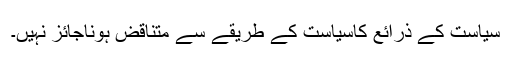
سیاست کے ذرائع کاسیاست کے طریقے سے متناقض ہوناجائز نہیں۔